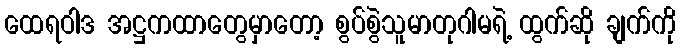
ထေရဝါဒ အဋ္ဌကထာတွေမှာတော့ စွပ်စွဲသူမာတုဂါမရဲ့ ထွက်ဆို ချက်ကို